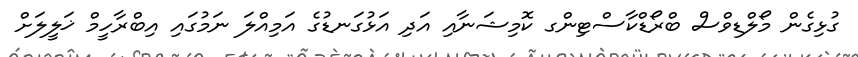
ގުޅިގެން މޯލްޑިވްސް ބްރޯޑްކާސްޓިންގ ކޮމިޝަނާއި އަދި އަޅުގަނޑުގެ އަމިއްލަ ނަމުގައި އިބްރާހީމް ޚަލީލަށް